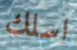
اسلك